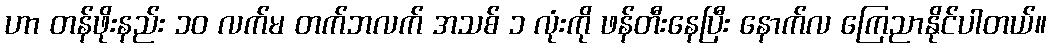
ဟာ တန်ဖိုးနည်း ၁၀ လက်မ တက်ဘလက် အသစ် ၁ လုံးကို ဖန်တီးနေပြီး နောက်လ ကြေညာနိုင်ပါတယ်။